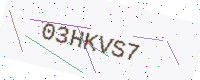
Text: 03HKVS7